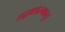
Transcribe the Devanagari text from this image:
तद्वक्तारमवतु।